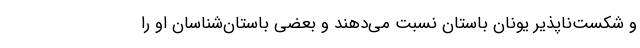
و شکست‌ناپذیر یونان باستان نسبت می‌دهند و بعضی باستان‌شناسان او را